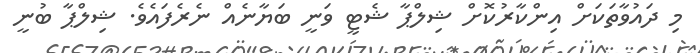
މި ދައުވާތަކަށް އިންކާރުކޮށް ޝިލްޕާ ޝެޓީ ވަނީ ބަޔާނެއް ނެރެފައެވެ. ޝިލްޕާ ބުނީ